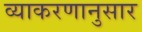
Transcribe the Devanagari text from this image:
व्याकरणानुसार